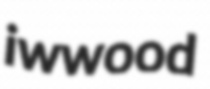
iwwood